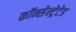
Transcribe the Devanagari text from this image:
कॉन्सेन्ट्रेटेड